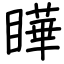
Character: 瞱